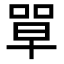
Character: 𭈼